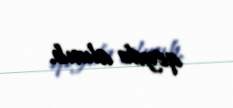
qeydə alınıb.